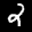
Label: 2